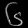
Digit: ၆